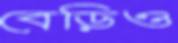
বেড়িও